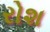
રોશ